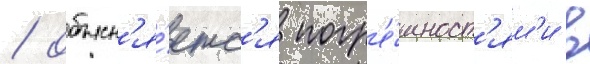
/ объясн'я́етс'я погр'е́шност'ям'и в